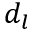
d _ { l }